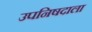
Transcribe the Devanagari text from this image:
उपनिषदाला